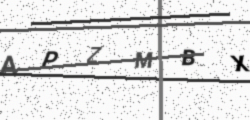
Text: APZMBX